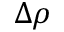
\Delta \rho